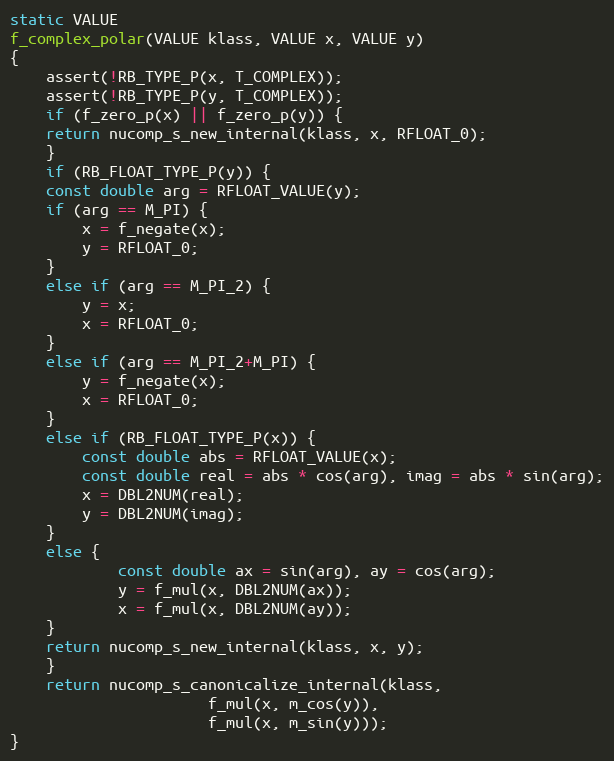
Language: C
static VALUE
f_complex_polar(VALUE klass, VALUE x, VALUE y)
{
    assert(!RB_TYPE_P(x, T_COMPLEX));
    assert(!RB_TYPE_P(y, T_COMPLEX));
    if (f_zero_p(x) || f_zero_p(y)) {
	return nucomp_s_new_internal(klass, x, RFLOAT_0);
    }
    if (RB_FLOAT_TYPE_P(y)) {
	const double arg = RFLOAT_VALUE(y);
	if (arg == M_PI) {
	    x = f_negate(x);
	    y = RFLOAT_0;
	}
	else if (arg == M_PI_2) {
	    y = x;
	    x = RFLOAT_0;
	}
	else if (arg == M_PI_2+M_PI) {
	    y = f_negate(x);
	    x = RFLOAT_0;
	}
	else if (RB_FLOAT_TYPE_P(x)) {
	    const double abs = RFLOAT_VALUE(x);
	    const double real = abs * cos(arg), imag = abs * sin(arg);
	    x = DBL2NUM(real);
	    y = DBL2NUM(imag);
	}
	else {
            const double ax = sin(arg), ay = cos(arg);
            y = f_mul(x, DBL2NUM(ax));
            x = f_mul(x, DBL2NUM(ay));
	}
	return nucomp_s_new_internal(klass, x, y);
    }
    return nucomp_s_canonicalize_internal(klass,
					  f_mul(x, m_cos(y)),
					  f_mul(x, m_sin(y)));
}